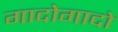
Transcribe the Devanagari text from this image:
गादोगादो